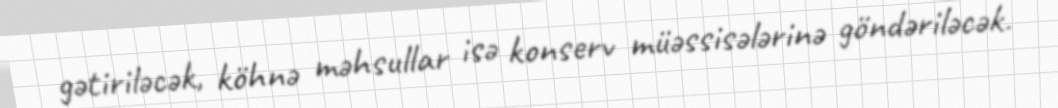
gətiriləcək, köhnə məhsullar isə konserv müəssisələrinə göndəriləcək.